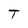
Character: T